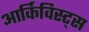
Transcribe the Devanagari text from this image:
आर्किविस्ट्स